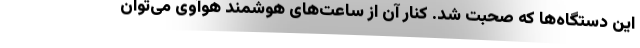
این دستگاه‌ها که صحبت شد. کنار آن از ساعت‌های هوشمند هوآوی می‌توان